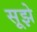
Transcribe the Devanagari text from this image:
सूझे